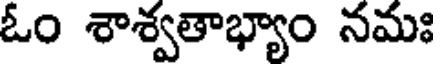
ఓం శాశ్వతాభ్యాం నమః